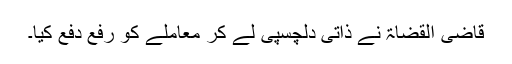
قاضی القضاۃ نے ذاتی دلچسپی لے کر معاملے کو رفع دفع کیا۔